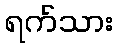
ရက်သား